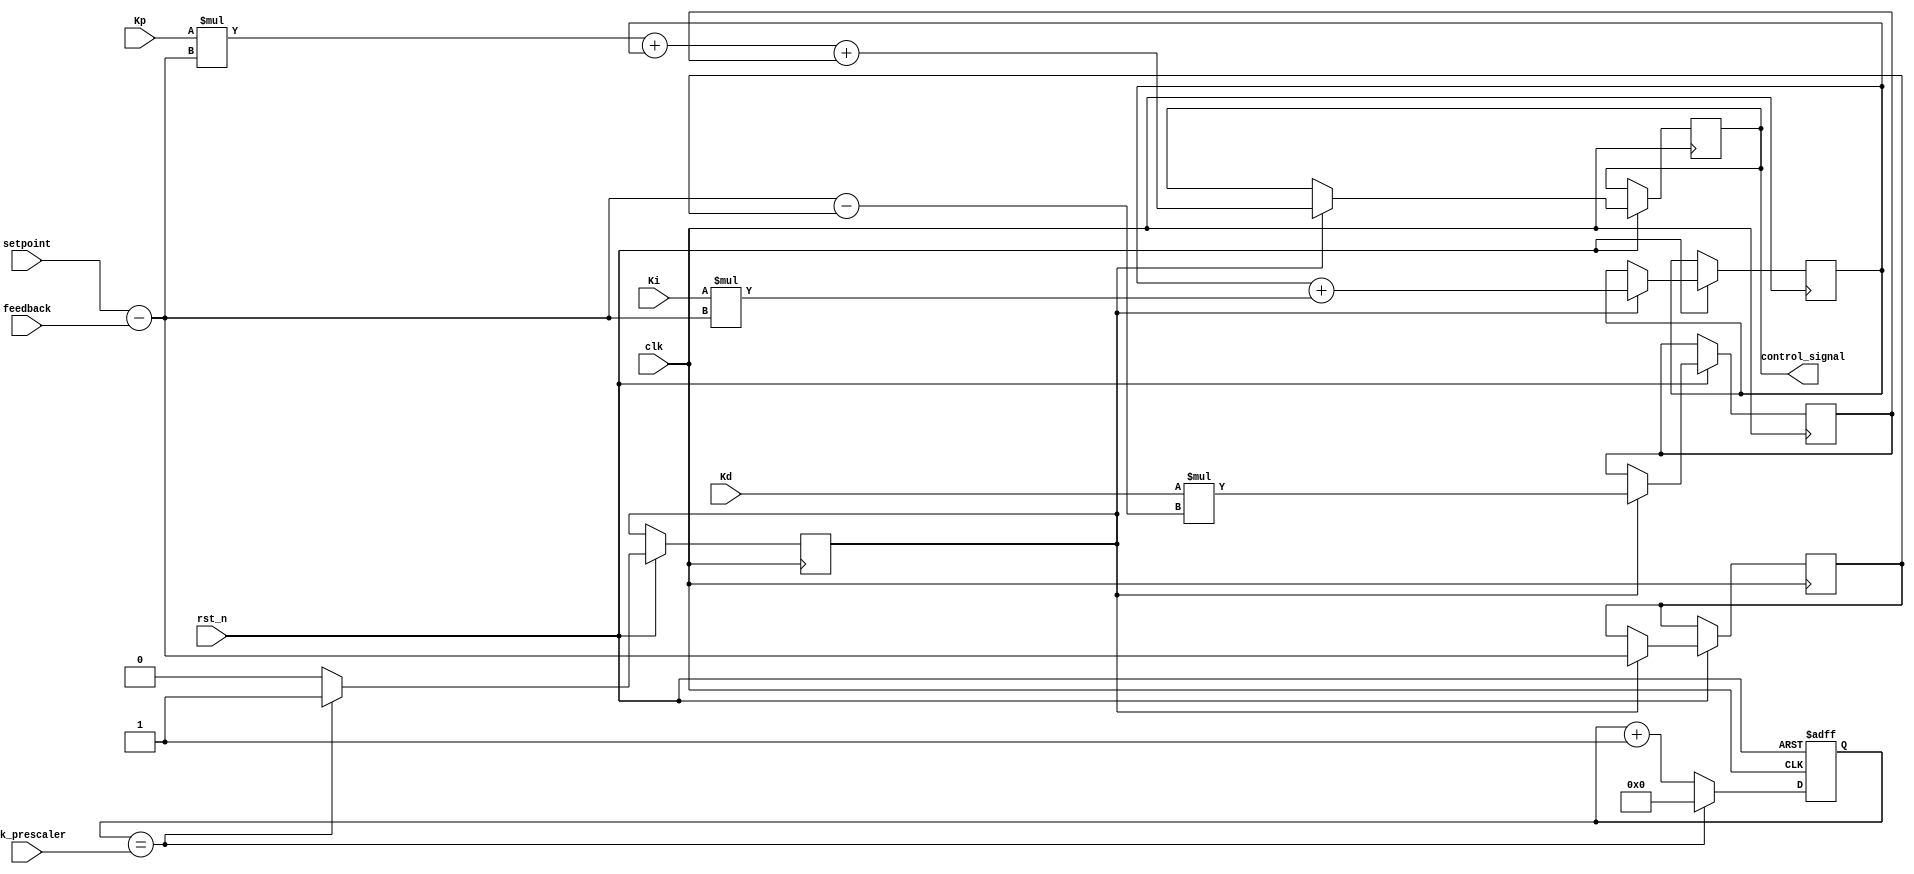
`timescale 1ns / 1ps

module pid_controller(
    input  clk,
    input  rst_n,
    input  [15:0] setpoint,
    input  [15:0] feedback,
    input  [15:0] Kp,
    input  [15:0] Ki,
    input  [15:0] Kd,
    input  [15:0] clk_prescaler,
    output reg [15:0] control_signal
);
  
    // Internal signals
    
    reg [15:0] prev_error = 16'h0000;
    reg [15:0] integral = 32'h00000000;
    reg [15:0] derivative = 16'h0000;
    
    // Clock divider for sampling rate
    reg [15:0] clk_divider = 0;
    reg sampling_flag = 0;

    always @(posedge clk or negedge rst_n) begin
    //$display("Clock trigered");
        if (~rst_n)
            clk_divider <= 16'h0000;
        else if (clk_divider == clk_prescaler) begin // clk_prescaler determines the sampling rate, thus sampling rate would be clk freq/clk_prescaler
            clk_divider <= 16'h0000;
            
            sampling_flag <= 1;
        end else begin
            clk_divider <= clk_divider + 1;
            sampling_flag <= 0;
        end
    end

    always @(posedge clk or negedge rst_n) begin
    
        if (~rst_n) begin
            // Reset logic generally specific to application
        end 
        else if (sampling_flag) begin
                      
            // PID Calculation
            integral <= integral + (Ki * (setpoint - feedback));
            $display("Integral is %d",integral);
            derivative <= Kd * ((setpoint - feedback) - prev_error);
            // Calculate control signal
            control_signal = (Kp * (setpoint - feedback)) + integral + derivative; 
            prev_error <= (setpoint - feedback);// Update previous error term to feed it for derrivative term.
        end
    end

endmodule